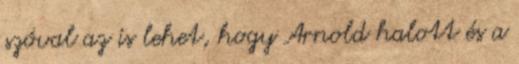
szóval az is lehet, hogy Arnold halott és a